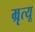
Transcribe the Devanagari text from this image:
म्रृत्यू